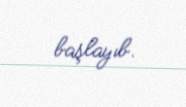
başlayıb.